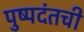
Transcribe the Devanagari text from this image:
पुष्पदंतची